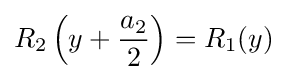
R_{2}\left(y+{\frac {a_{2}}{2}}\right)=R_{1}(y)